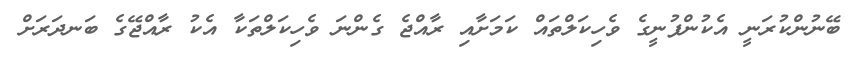
ބޭނުންކުރަނީ އެކުންފުނީގެ ވެހިކަލްތައް ކަމަށާއި ރާއްޖެ ގެންނަ ވެހިކަލްތަކާ އެކު ރާއްޖޭގެ ބަނދަރަށް